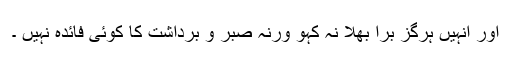
اور انہیں ہرگز برا بھلا نہ کہو ورنہ صبر و برداشت کا کوئی فائدہ نہیں ۔